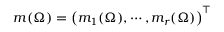
\boldsymbol { m } ( \Omega ) = \left( m _ { 1 } ( \Omega ) , \cdots , m _ { r } ( \Omega ) \right) ^ { \top }